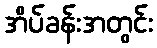
အိပ်ခန်းအတွင်း